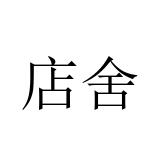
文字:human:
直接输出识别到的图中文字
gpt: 店舍